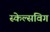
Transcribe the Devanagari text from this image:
स्केल्सविग